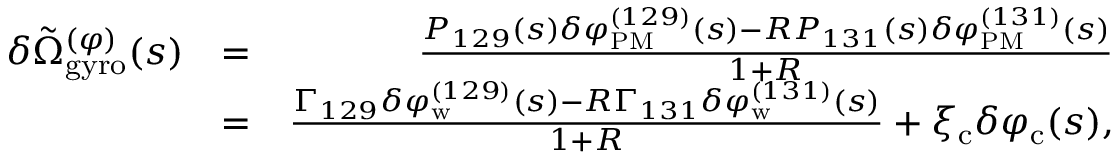
\begin{array} { r l r } { \delta \tilde { \Omega } _ { \mathrm { g y r o } } ^ { ( \varphi ) } ( s ) } & { = } & { \frac { P _ { 1 2 9 } ( s ) \delta \varphi _ { \mathrm { P M } } ^ { ( 1 2 9 ) } ( s ) - R P _ { 1 3 1 } ( s ) \delta \varphi _ { \mathrm { P M } } ^ { ( 1 3 1 ) } ( s ) } { 1 + R } } \\ & { = } & { \frac { \Gamma _ { 1 2 9 } \delta \varphi _ { \mathrm { w } } ^ { ( 1 2 9 ) } ( s ) - R \Gamma _ { 1 3 1 } \delta \varphi _ { \mathrm { w } } ^ { ( 1 3 1 ) } ( s ) } { 1 + R } + \xi _ { \mathrm { c } } \delta \varphi _ { \mathrm { c } } ( s ) , } \end{array}